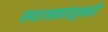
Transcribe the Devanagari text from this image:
स्थानकांहूनही